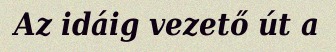
Az idáig vezető út a